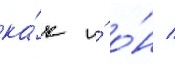
ка́к и́ о́н /